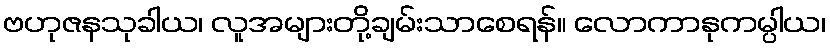
ဗဟုဇနသုခါယ၊ လူအများတို့ချမ်းသာစေရန်။ လောကာနုကမ္ပါယ၊